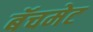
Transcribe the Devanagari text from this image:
बॅचमेट